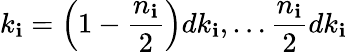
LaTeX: k_{\mathbf{i}}=\left(1-\frac{{n_{\mathbf{i}}}}{{2}}\right)dk_{\mathbf{i}},\ldots\frac{{n_{\mathbf{i}}}}{{2}}dk_{\mathbf{i}}